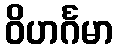
ဝိဟင်္ဂမာ